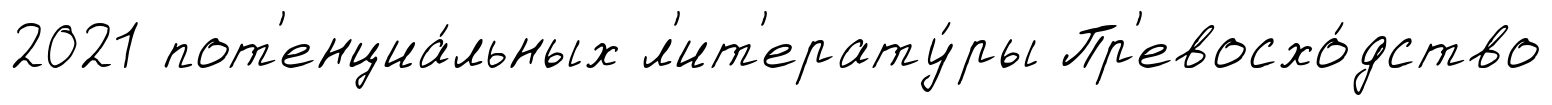
2021 пот'енциа́льных л'ит'ерату́ры Пр'евосхо́дство